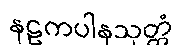
နဠကပါနသုတ္တံ